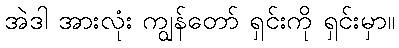
အဲဒါ အားလုံး ကျွန်တော် ရှင်းကို ရှင်းမှာ။